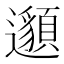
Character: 𨘷